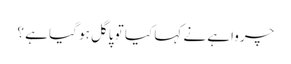
چرواہے نے کہا کیا تو پاگل ہو گیا ہے ؟